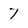
Character: 7